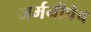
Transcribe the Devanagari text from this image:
जर्मनीचेच